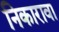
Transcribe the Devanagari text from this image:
निकारावा